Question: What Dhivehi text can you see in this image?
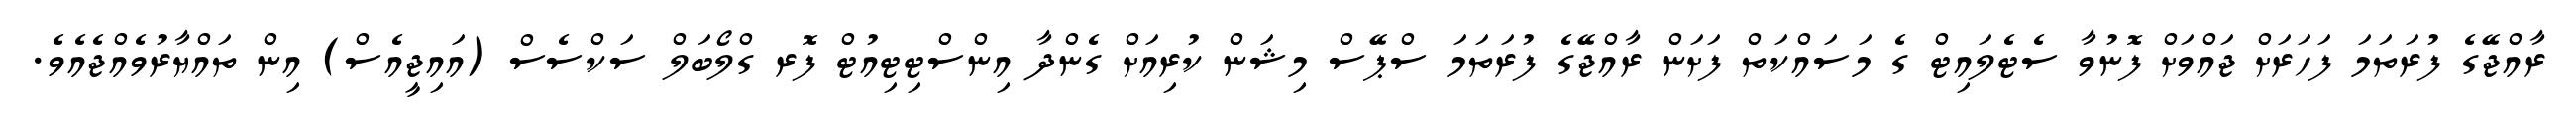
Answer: ރާއްޖޭގެ ފުރަތަމަ ފަހަރަށް ޖައްވަށް ފޮނުވާ ސެޓެލައިޓް ގެ މަސައްކަތް ފަށަން ރާއްޖޭގެ ފުރަތަމަ ސްޕޭސް މިޝަން ކުރިއަށް ގެންދާ އިންސްޓިޓިއުޓް ފޮރ ގްލޯބަލް ސަކްސެސް (އައިޖީއެސް) އިން ތައްޔާރުވެއްޖެއެވެ.